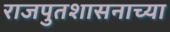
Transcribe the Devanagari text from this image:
राजपुतशासनाच्या